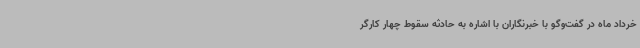
خرداد ماه در گفت‌وگو با خبرنگاران با اشاره به حادثه سقوط چهار کارگر